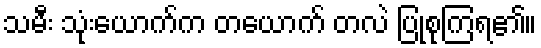
သမီး သုံးယောက်က တယောက် တလဲ ပြုစုကြရ၏။